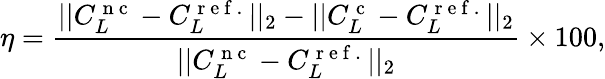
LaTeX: \eta=\frac{||C_{L}^{\mathrm{~n~c~}}-C_{L}^{\mathrm{~r~e~f~.~}}||_{2}-||C_{L}^{\mathrm{~c~}}-C_{L}^{\mathrm{~r~e~f~.~}}||_{2}}{||C_{L}^{\mathrm{~n~c~}}-C_{L}^{\mathrm{~r~e~f~.~}}||_{2}}\times 100,